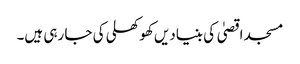
مسجد اقصیٰ کی بنیادیں کھوکھلی کی جا رہی ہیں۔